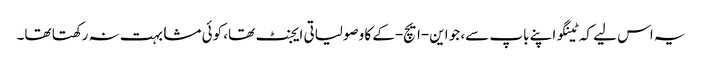
یہ اس لیے کہ ٹینگو اپنے باپ سے، جو این-ایچ-کے کا وصولیاتی ایجنٹ تھا، کوئی مشابہت نہ رکھتا تھا۔